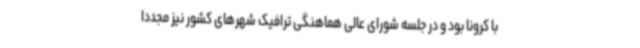
با کرونا بود و در جلسه شورای عالی هماهنگی ترافیک شهرهای کشور نیز مجددا